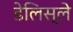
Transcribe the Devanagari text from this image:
डेलिस्ले